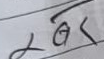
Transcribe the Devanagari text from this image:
बक